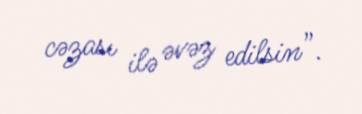
cəzası ilə əvəz edilsin”.